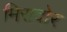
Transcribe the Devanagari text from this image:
मिरादोर